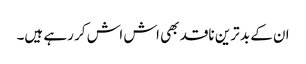
ان کے بد ترین ناقد بھی اش اش کر رہے ہیں۔